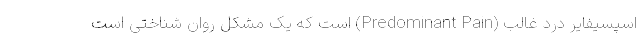
اسپسیفایر درد غالب (Predominant Pain) است که یک مشکل روان شناختی است